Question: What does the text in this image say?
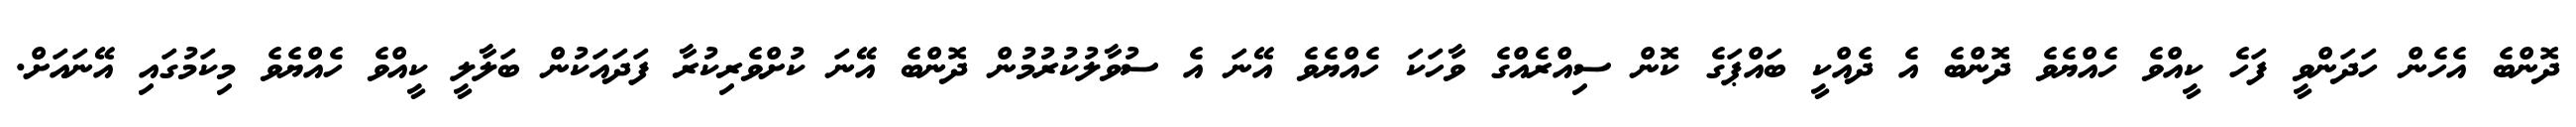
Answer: ދޮންބެ އެހެން ހަދަންވީ ފަހެ ކީއްވެ ހެއްޔެވެ ދޮންބެ އެ ދެއްކީ ބައްޕަގެ ކޮން ސިއްރެއްގެ ވާހަކަ ހެއްޔެވެ އޭނަ އެ ސުވާލުކުރުމުން ދޮންބެ އޭނަ ކުށްވެރިކުރާ ފަދައަކުން ބަލާލީ ކީއްވެ ހެއްޔެވެ މިކަމުގައި އޭނައަށް.